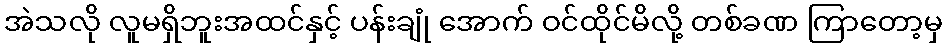
အဲသလို လူမရှိဘူးအထင်နှင့် ပန်းချုံ အောက် ဝင်ထိုင်မိလို့ တစ်ခဏ ကြာတော့မှ